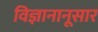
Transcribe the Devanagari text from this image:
विज्ञानानूसार